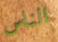
الناس